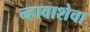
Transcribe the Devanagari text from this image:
न्हावाशेवा